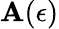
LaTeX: \mathbf{A}(\epsilon)